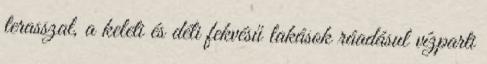
terasszal, a keleti és déli fekvésű lakások ráadásul vízparti